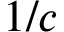
1 / c